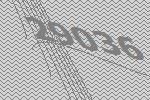
29036